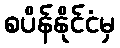
စပိန်နိုင်ငံမှ